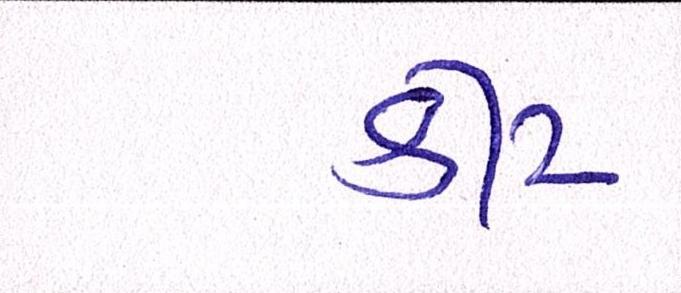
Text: કીટ